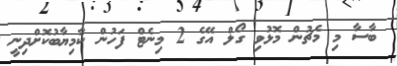
ބާސާ މި މެޗުން މޮޅުވި ގޯލް އޭގެ 2 މިނެޓް ފަހުން ކާމިޔާބުކޮށްދިނީ